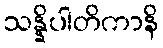
သန္နိပါတိကာနိ